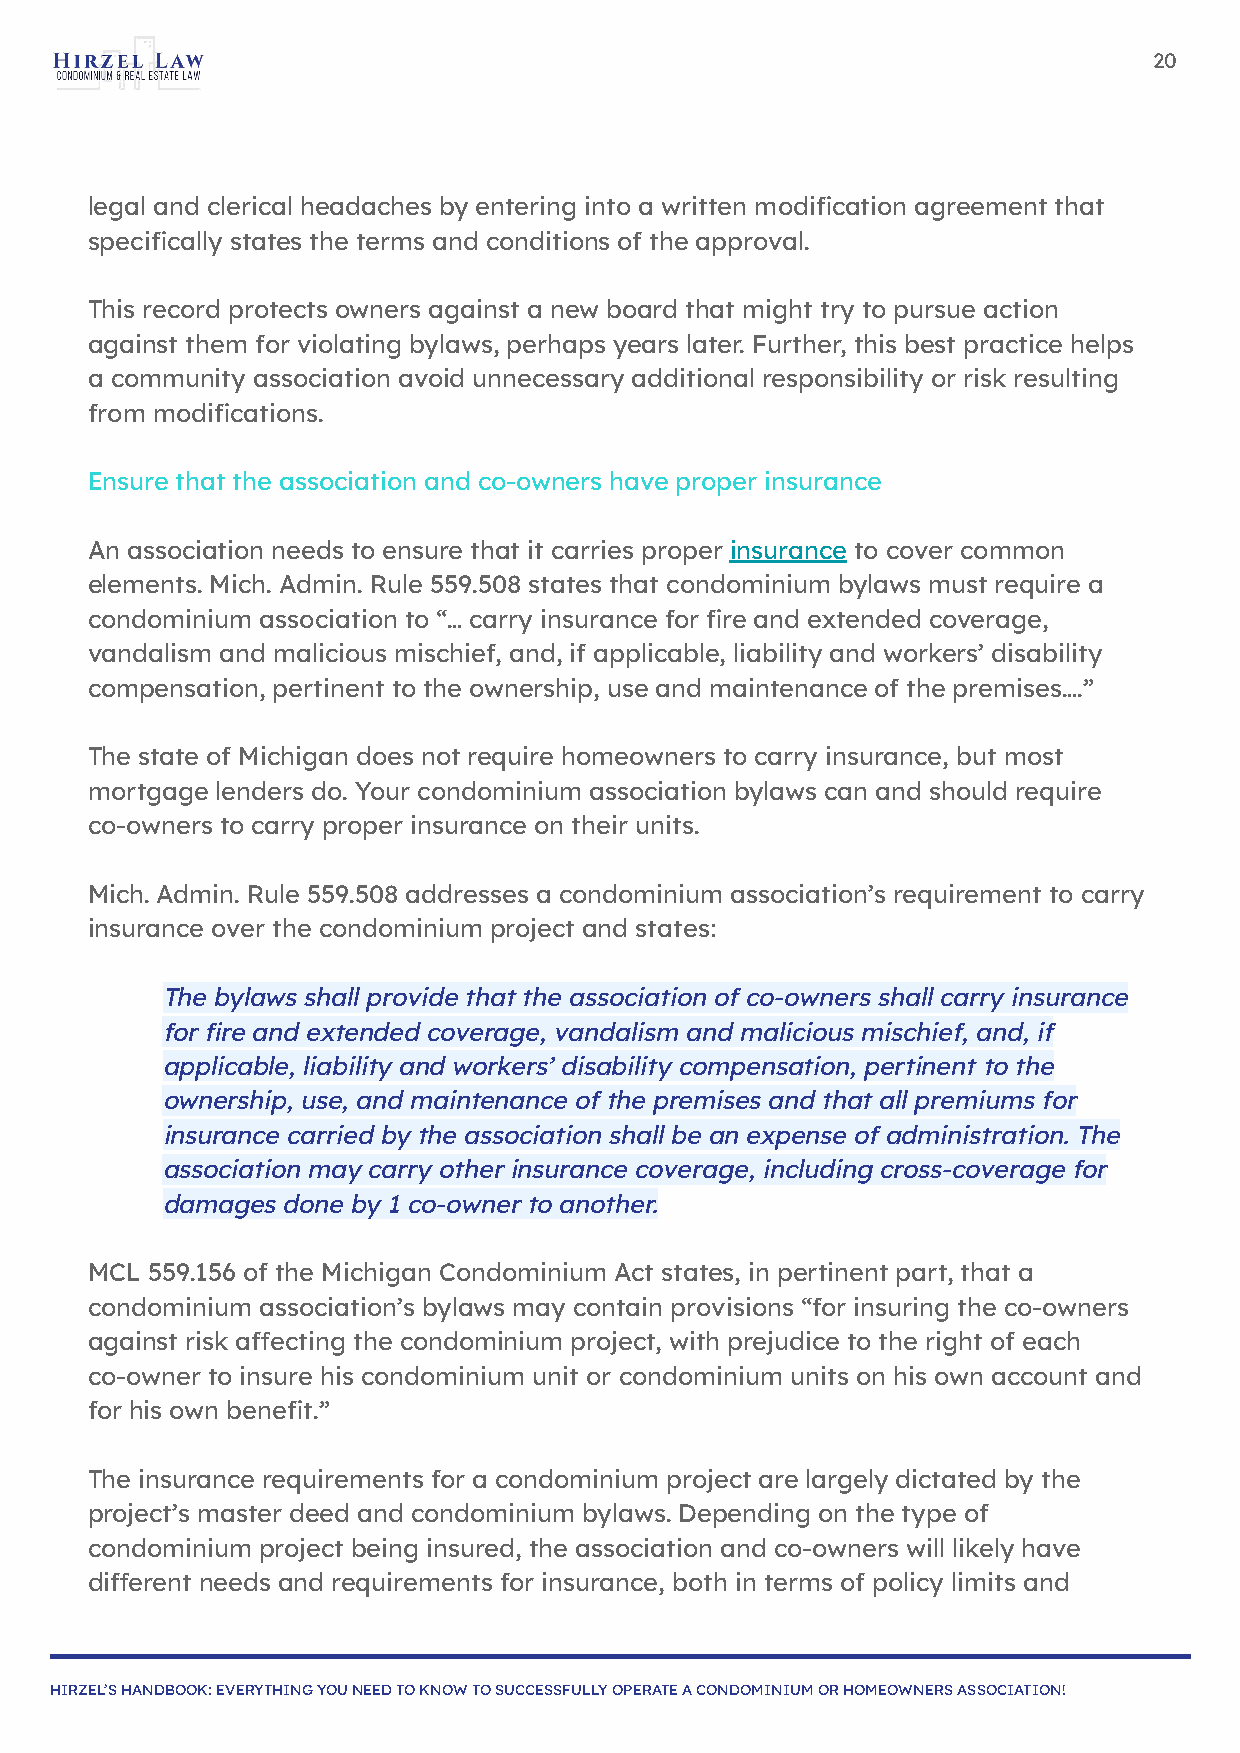
20
 legal and clerical headaches by entering into a written modification agreement that
 specifically states the terms and conditions of the approval.
 This record protects owners against a new board that might try to pursue action
 against them for violating bylaws, perhaps years later. Further, this best practice helps
 a community association avoid unnecessary additional responsibility or risk resulting
 from modifications.
 Ensure that the association and co-owners have proper insurance
 An association needs to ensure that it carries proper insurance to cover common
 elements. Mich. Admin. Rule 559.508 states that condominium bylaws must require a
 condominium association to “… carry insurance for fire and extended coverage,
 vandalism and malicious mischief, and, if applicable, liability and workers’ disability
 compensation, pertinent to the ownership, use and maintenance of the premises….”
 The state of Michigan does not require homeowners to carry insurance, but most
 mortgage lenders do. Your condominium association bylaws can and should require
 co-owners to carry proper insurance on their units.
 Mich. Admin. Rule 559.508 addresses a condominium association’s requirement to carry
 insurance over the condominium project and states:
 The bylaws shall provide that the association of co-owners shall carry insurance
 for fire and extended coverage, vandalism and malicious mischief, and, if
 applicable, liability and workers’ disability compensation, pertinent to the
 ownership, use, and maintenance of the premises and that all premiums for
 insurance carried by the association shall be an expense of administration. The
 association may carry other insurance coverage, including cross-coverage for
 damages done by 1 co-owner to another.
 MCL 559.156 of the Michigan Condominium Act states, in pertinent part, that a
 condominium association’s bylaws may contain provisions “for insuring the co-owners
 against risk affecting the condominium project, with prejudice to the right of each
 co-owner to insure his condominium unit or condominium units on his own account and
 for his own benefit.”
 The insurance requirements for a condominium project are largely dictated by the
 project’s master deed and condominium bylaws. Depending on the type of
 condominium project being insured, the association and co-owners will likely have
 different needs and requirements for insurance, both in terms of policy limits and
 HIRZEL’S HANDBOOK: EVERYTHING YOU NEED TO KNOW TO SUCCESSFULLY OPERATE A CONDOMINIUM OR HOMEOWNERS ASSOCIATION!